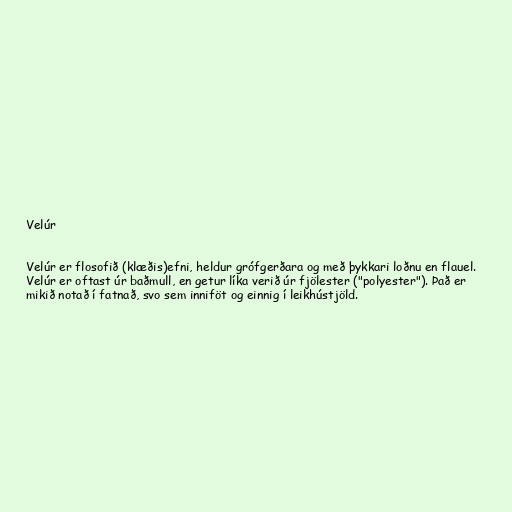
Velúr

Velúr er flosofið (klæðis)efni, heldur grófgerðara og með þykkari loðnu en flauel.
Velúr er oftast úr baðmull, en getur líka verið úr fjölester ("polyester"). Það er
mikið notað í fatnað, svo sem inniföt og einnig í leikhústjöld.